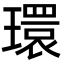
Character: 環